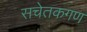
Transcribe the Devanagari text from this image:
सचेतकगण